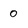
Character: o